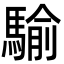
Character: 騟